Some observations on the poison of the banded krait (Bungarus fasciatus) - Number 7
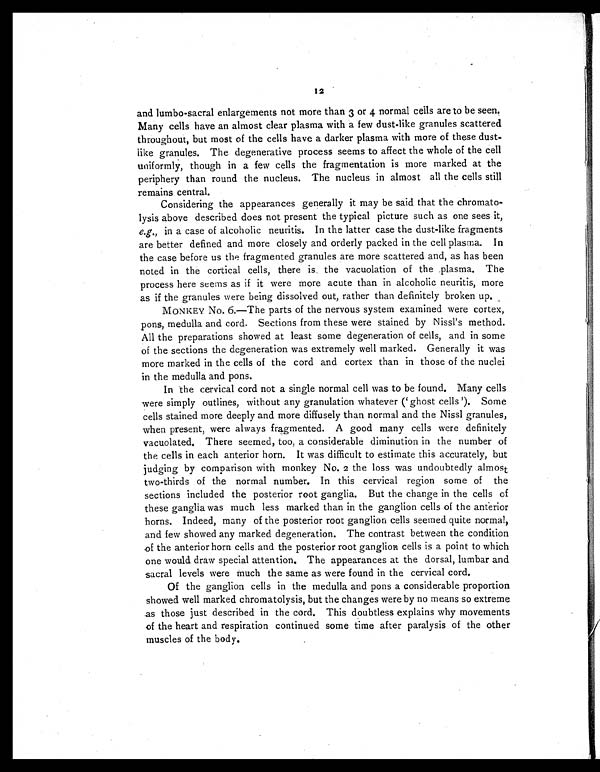
12
and lumbo-sacral enlargements not more than 3 or 4 normal cells are to be seen.
Many cells have an almost clear plasma with a few dust-like granules scattered
throughout, but most of the cells have a darker plasma with more of these dust-
like granules. The degenerative process seems to affect the whole of the cell
uniformly, though in a few cells the fragmentation is more marked at the
periphery than round the nucleus. The nucleus in almost all the cells still
remains central.
Considering the appearances generally it may be said that the chromato-
lysis above described does not present the typical picture such as one sees it,
e.g., in a case of alcoholic neuritis. In the latter case the dust-like fragments
are better defined and more closely and orderly packed in the cell plasma. In
the case before us the fragmented granules are more scattered and, as has been
noted in the cortical cells, there is the vacuolation of the plasma. The
process here seems as if it were more acute than in alcoholic neuritis, more
as if the granules were being dissolved out, rather than definitely broken up.
MONKEY No. 6.—The parts of the nervous system examined were cortex,
pons, medulla and cord. Sections from these were stained by Nissl's method.
All the preparations showed at least some degeneration of cells, and in some
of the sections the degeneration was extremely well marked. Generally it was
more marked in the cells of the cord and cortex than in those of the nuclei
in the medulla and pons.
In the cervical cord not a single normal cell was to be found. Many cells
were simply outlines, without any granulation whatever (` ghost cells '). Some
cells stained more deeply and more diffusely than normal and the Nissl granules,
when present, were always fragmented. A good many cells were definitely
vacuolated. There seemed, too, a considerable diminution in the number of
the cells in each anterior horn. It was difficult to estimate this accurately, but
judging by comparison with monkey No. 2 the loss was undoubtedly almost
two-thirds of the normal number. In this cervical region some of the
sections included the posterior root ganglia. But the change in the cells of
these ganglia was much less marked than in the ganglion cells of the anterior
horns. Indeed, many of the posterior root ganglion cells seemed quite normal,
and few showed any marked degeneration. The contrast between the condition
of the anterior horn cells and the posterior root ganglion cells is a point to which
one would draw special attention. The appearances at the dorsal, lumbar and
sacral levels were much the same as were found in the cervical cord.
Of the ganglion cells in the medulla and pons a considerable proportion
showed well marked chromatolysis, but the changes were by no means so extreme
as those just described in the cord. This doubtless explains why movements
of the heart and respiration continued some time after paralysis of the other
muscles of the body.